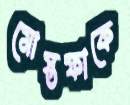
মোস্তফাকে